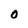
Character: 0